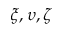
\xi , \upsilon , \zeta